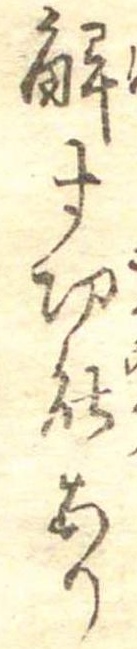
解す功能あり